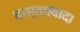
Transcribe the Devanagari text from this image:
वास्तववाद।